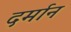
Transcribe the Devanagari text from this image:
दर्मान